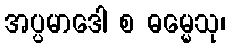
အပ္ပမာဒေါ စ ဓမ္မေသု၊